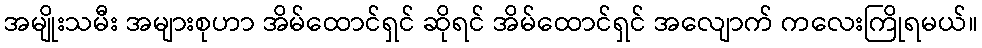
အမျိုးသမီး အများစုဟာ အိမ်ထောင်ရှင် ဆိုရင် အိမ်ထောင်ရှင် အလျောက် ကလေးကြိုရမယ်။